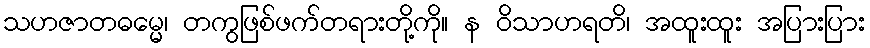
သဟဇာတဓမ္မေ၊ တကွဖြစ်ဖက်တရားတို့ကို။ န ဝိသာဟရတိ၊ အထူးထူး အပြားပြား